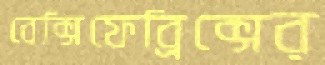
বেক্সিফেব্রিক্সের